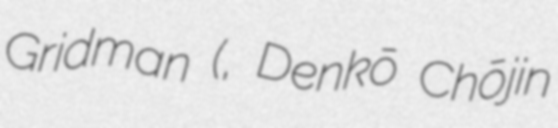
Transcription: Gridman (電光超人グリッドマン, Denkō Chōjin